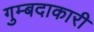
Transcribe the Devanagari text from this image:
गुम्बदाकारी